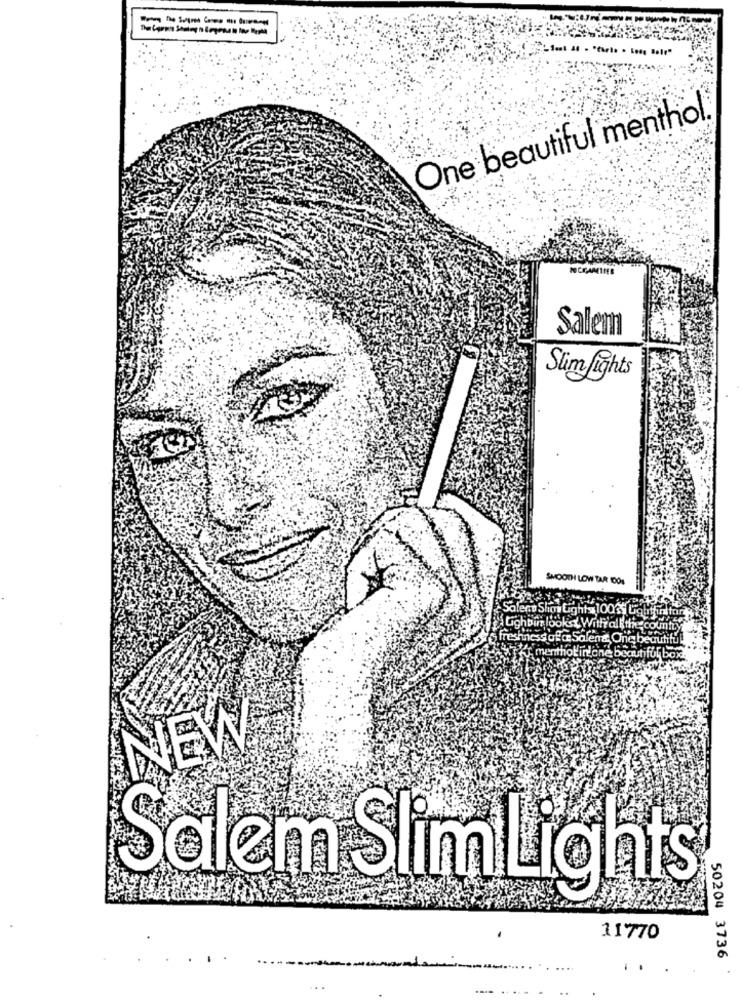
One beautiful menthol.
Salem
Sim fights
SMOOTH LOW TAR 1001
NEW
Salem SlimLights
11770
50204 3736